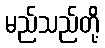
မည်သည်တို့